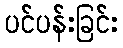
ပင်ပန်းခြင်း